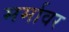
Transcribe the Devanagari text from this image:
मर्मावर